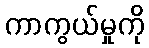
ကာကွယ်မှုကို